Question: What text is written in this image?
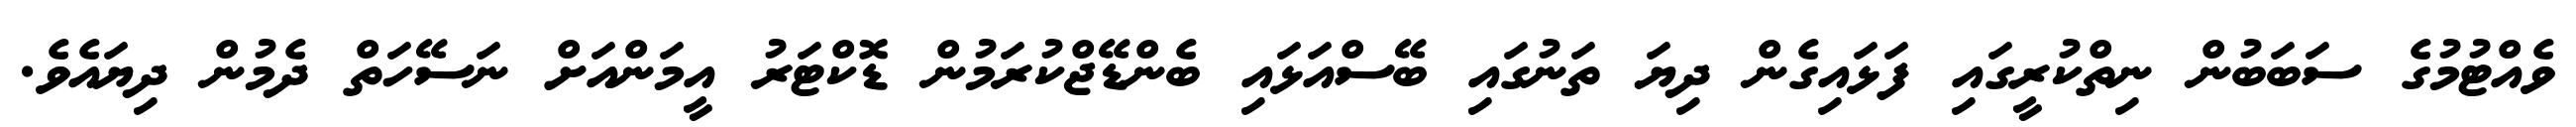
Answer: ވެއްޓުމުގެ ސަބަބުން ނިތްކުރީގައި ފަޅައިގެން ދިޔަ ތަނުގައި ބޭސްއަޅައި ބެންޑޭޖްކުރަމުން ޑޮކްޓަރު އީމަންއަށް ނަސޭހަތް ދެމުން ދިޔައެވެ.